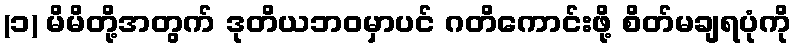
(၁) မိမိတို့အတွက် ဒုတိယဘဝမှာပင် ဂတိကောင်းဖို့ စိတ်မချရပုံကို